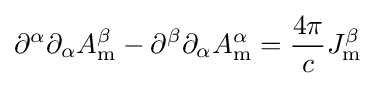
\partial ^{\alpha }\partial _{\alpha }A_{\mathrm {m} }^{\beta }-\partial ^{\beta }\partial _{\alpha }A_{\mathrm {m} }^{\alpha }={\frac {4\pi }{c}}J_{\mathrm {m} }^{\beta }